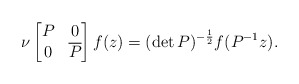
\begin{align*}\nu\begin{bmatrix} P & 0 \\ 0 & \overline{P}\end{bmatrix}f(z)=(\det P)^{-\frac{1}{2}}f(P^{-1}z).\end{align*}